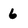
Character: 6